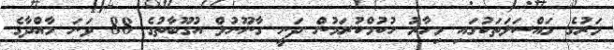
މަރުގެ މައްސަލަތަކުގައި މިހާރު ހުކުމްކުރަމުން ދަނީ ގާނޫނުލް އުގޫބާތުގެ 88 ވަނަ މާއްދާގެ